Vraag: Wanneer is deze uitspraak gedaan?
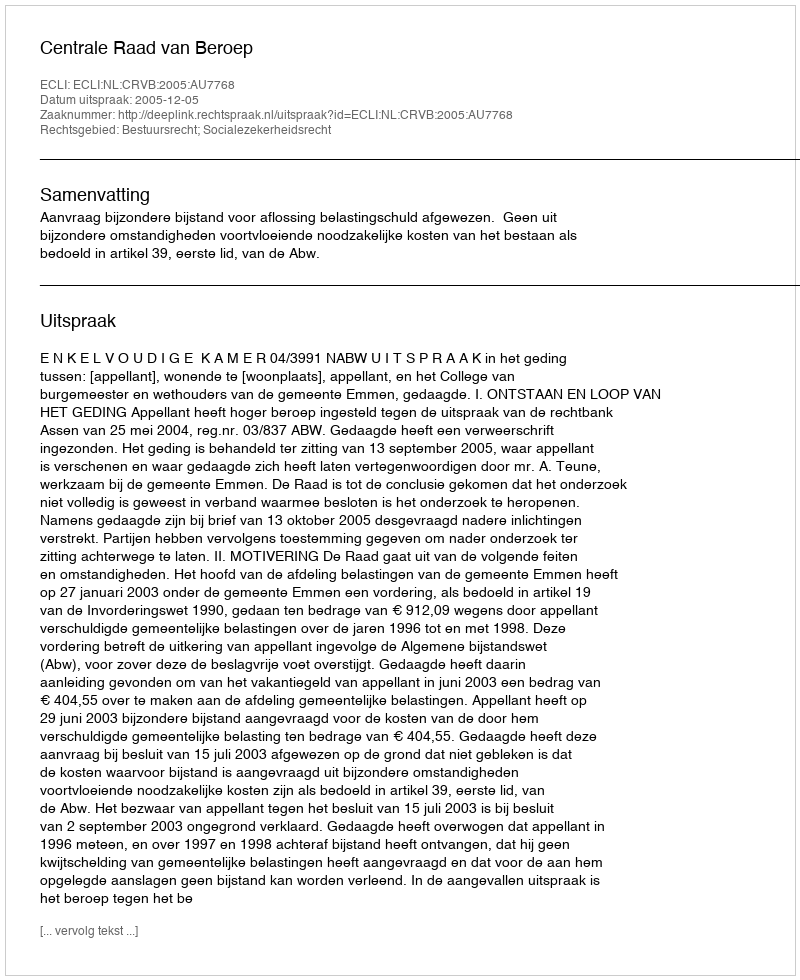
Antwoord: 2005-12-05